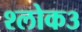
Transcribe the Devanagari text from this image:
श्लोक३